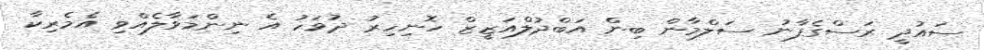
ސައުދީ ރަސްގެފާނު ސަލްމާން ބިން އަބްދުލްއަޒީޒް ހޮނިހިރު ދުވަހު އެ ނިންމަވާލެއްވި އެމެރިކާ